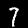
Label: 7